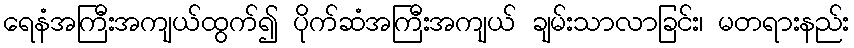
ရေနံအကြီးအကျယ်ထွက်၍ ပိုက်ဆံအကြီးအကျယ် ချမ်းသာလာခြင်း၊ မတရားနည်း